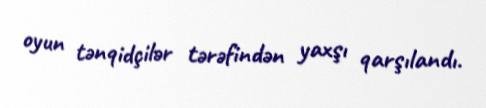
oyun tənqidçilər tərəfindən yaxşı qarşılandı.